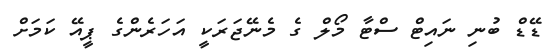
ޑޭޑް ބުނި ނައިޓް ސްޓާ މޯލް ގެ މެނޭޖަރަކީ އަހަރެންގެ ޕީއޭ ކަމަށް